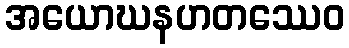
အယောဃနဟတဿေဝ